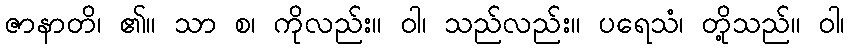
ဇာနာတိ၊ ၏။ သာ စ၊ ကိုလည်း။ ဝါ၊ သည်လည်း။ ပရေသံ၊ တို့သည်။ ဝါ၊